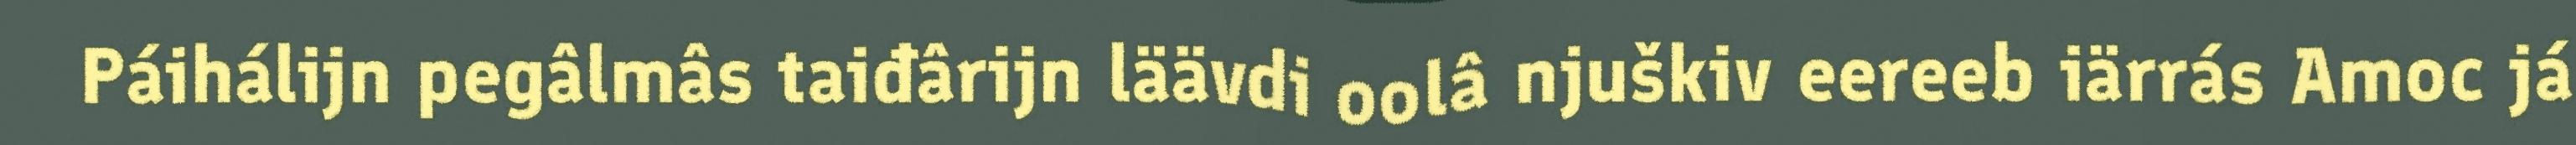
Páihálijn pegâlmâs taiđârijn läävdi oolâ njuškiv eereeb iärrás Amoc já